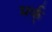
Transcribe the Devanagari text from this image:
मर्क्